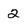
Character: 2